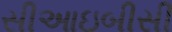
સીઆઇબીસી